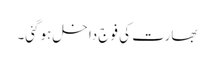
بھارت کی فوج داخل ہوگئی۔